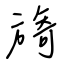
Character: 旖